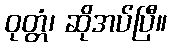
ဝုတ္တံ၊ ဆိုအပ်ပြီ။